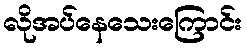
လိုအပ်နေသေးကြောင်း